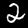
Label: 2